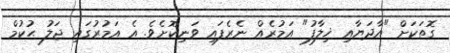
ގޮތަކަށް "އާދަޔާއި ޚިލާފު" އަމުރެއް ނެރެފައި ވަނިކޮށެވެ. އެ އަމުރުގައި ޖަލު ޙުކުމް